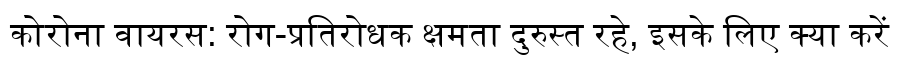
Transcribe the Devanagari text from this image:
कोरोना वायरस: रोग-प्रतिरोधक क्षमता दुरुस्त रहे, इसके लिए क्या करें